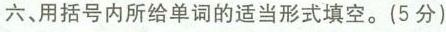
六、用括号内所给单词的适当形式填空.(5分)